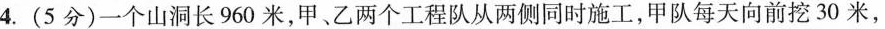
4.(5分)一个山洞长960米，甲、乙两个工程队从两侧同时施工，甲队每天向前挖30米，